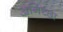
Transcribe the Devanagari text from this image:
अनि़च्छा